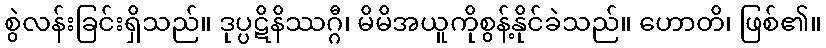
စွဲလန်းခြင်းရှိသည်။ ဒုပ္ပဋိနိဿဂ္ဂီ၊ မိမိအယူကိုစွန့်နိုင်ခဲသည်။ ဟောတိ၊ ဖြစ်၏။